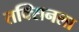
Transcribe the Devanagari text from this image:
तक्सिनला